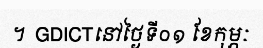
។  GDICTនៅថ្ងៃទី០១ ខែកុម្ភៈ